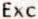
EXC